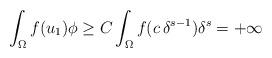
LaTeX: \begin{align*}\int_\Omega f(u_1)\phi \geq C\int_\Omega f(c\,\delta^{s-1})\delta^s = +\infty\end{align*}